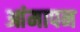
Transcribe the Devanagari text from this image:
आंमापन